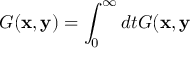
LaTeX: G ( \mathbf { x } , \mathbf { y } ) = \int _ { 0 } ^ { \infty } d t G ( \mathbf { x } , \mathbf { y }